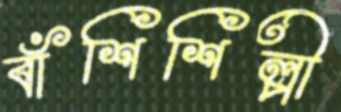
বাঁশিশিল্পী